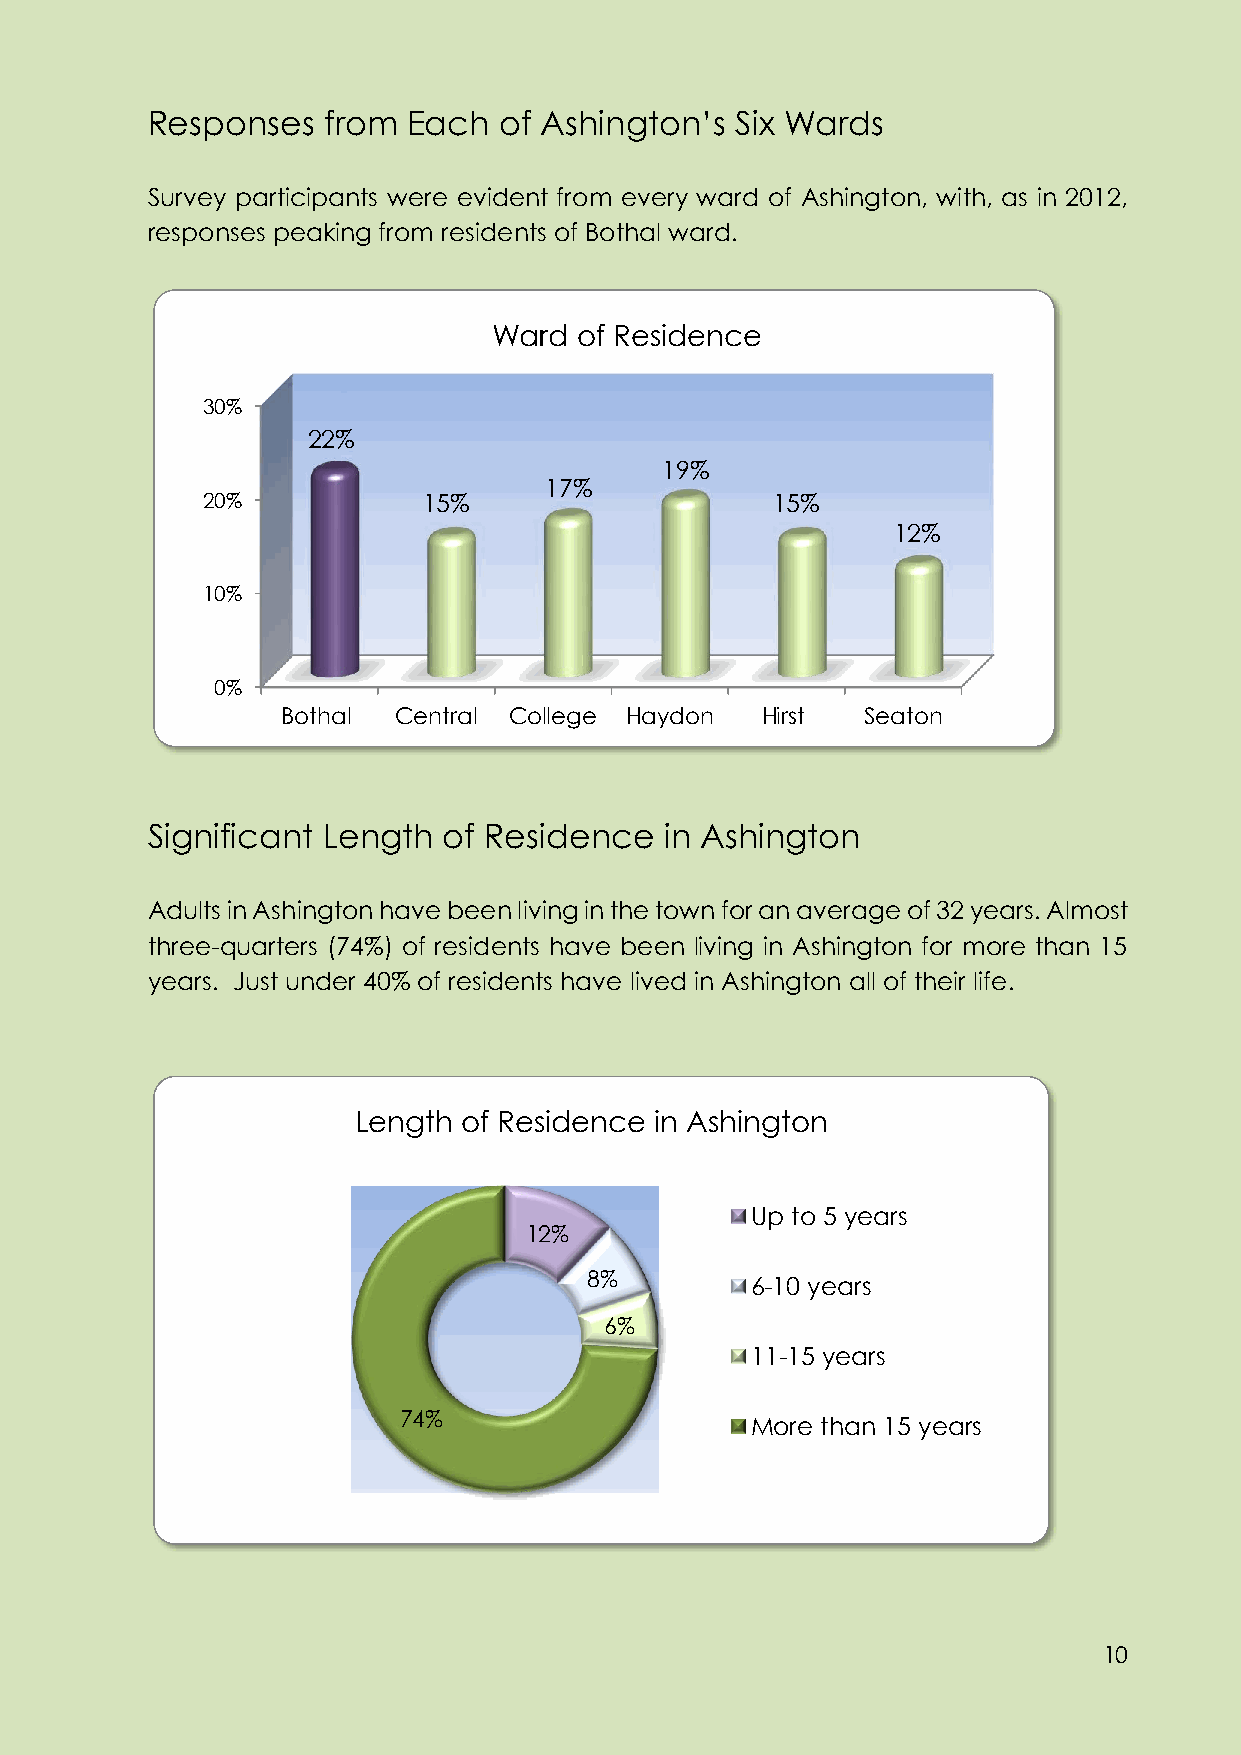
Responses  from  Each  of Ashington’s  Six Wards
 Survey participants were evident from every ward of Ashington, with, as in 2012,
 responses peaking from residents of Bothal ward.
 Ward of Residence
 30%
 22%
 19%
 17%
 20%            15%                    15%
 12%
 10%
 0%
 Bothal Central College Haydon  Hirst  Seaton
 Significant Length of Residence   in Ashington
 Adults in Ashington have been living in the town for an average of 32 years. Almost
 three-quarters (74%) of residents have been living in Ashington for more than 15
 years. Just under 40% of residents have lived in Ashington all of their life.
 Length of Residence in Ashington
 Up to 5 years
 12%
 8%         6-10 years
 6%
 11-15 years
 74%                     More than 15 years
 10
 10